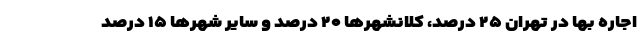
اجاره‌ بها در تهران ۲۵ درصد، کلانشهر‌ها ۲۰ درصد و سایر شهر‌ها ۱۵ درصد